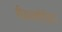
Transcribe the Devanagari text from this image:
रीयलवीडियो